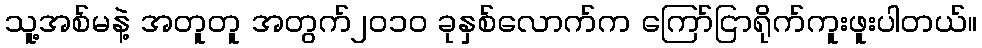
သူ့အစ်မနဲ့ အတူတူ အတွက်၂၀၁၀ ခုနှစ်လောက်က ကြော်ငြာရိုက်ကူးဖူးပါတယ်။